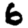
Digit: 6